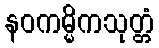
နဝကမ္မိကသုတ္တံ